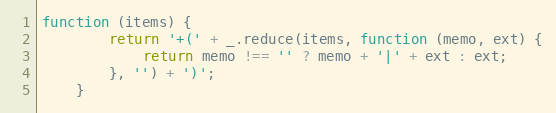
Language: JavaScript
function (items) {
        return '+(' + _.reduce(items, function (memo, ext) {
            return memo !== '' ? memo + '|' + ext : ext;
        }, '') + ')';
    }